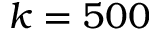
k = 5 0 0